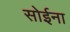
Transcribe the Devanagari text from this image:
सोईना